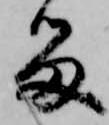
留